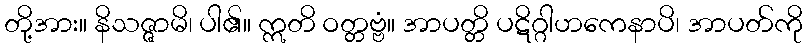
တို့အား။ နိသဇ္ဇာမိ၊ ပါ၏။ ဣတိ ဝတ္တဗ္ဗံ။ အာပတ္တိ ပဋိဂ္ဂါဟကေနာပိ၊ အာပတ်ကို